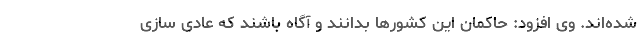
شده‌اند. وی افزود: حاکمان این کشورها بدانند و آگاه باشند که عادی سازی